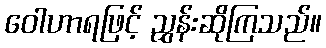
ဝေါဟာရဖြင့် ညွှန်းဆိုကြသည်။